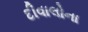
દીવાલોના